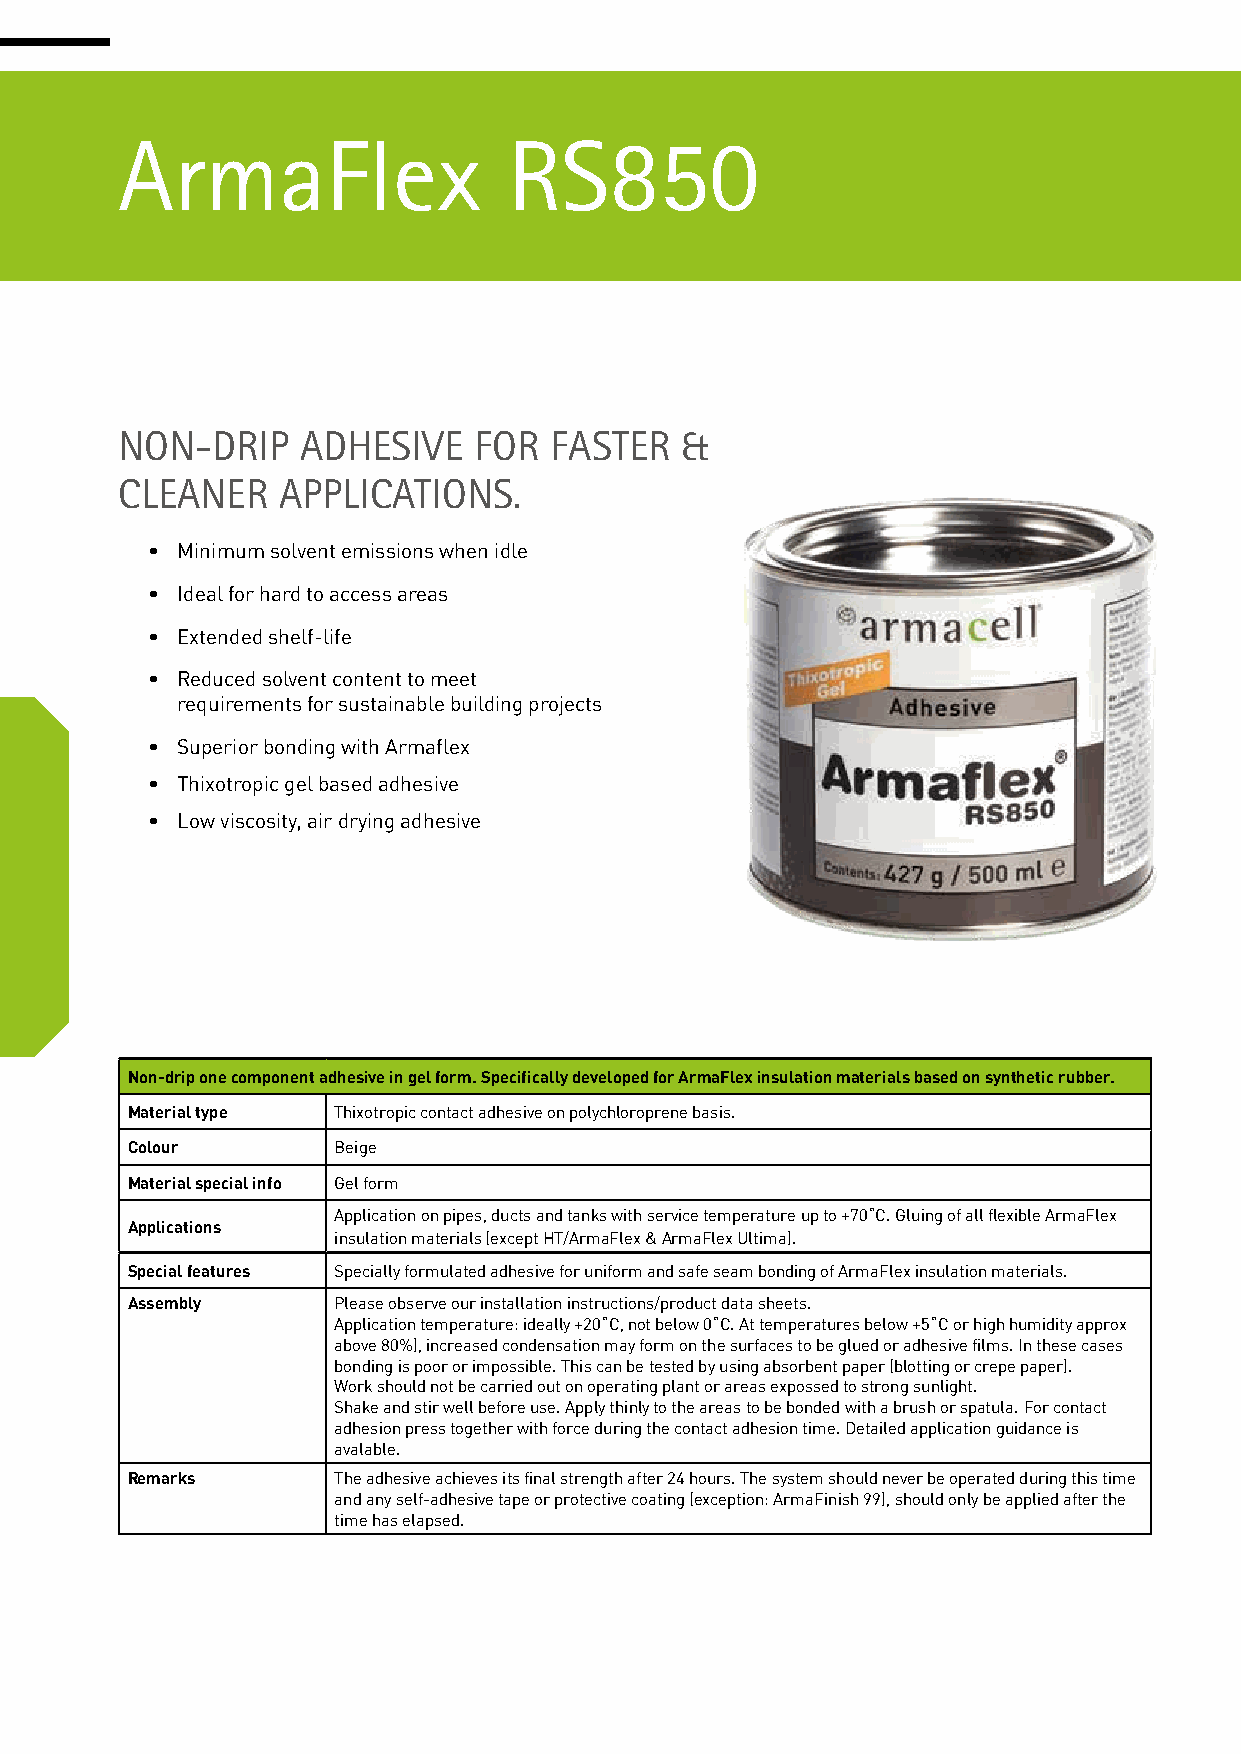
ArmaFlex                  RS850
 NON-DRIP    ADHESIVE   FOR  FASTER   &
 CLEANER   APPLICATIONS.
 • Minimum solvent emissions when idle
 • Ideal for hard to access areas
 • Extended shelf-life
 • Reduced solvent content to meet
 requirements for sustainable building projects
 • Superior bonding with Armaflex
 • Thixotropic gel based adhesive
 • Low viscosity, air drying adhesive
 183
 Non-drip one component adhesive in gel form. Specifically developed for ArmaFlex insulation materials based on synthetic rubber.
 Material type Thixotropic contact adhesive on polychloroprene basis.
 Colour        Beige
 Material special info Gel form
 Application on pipes, ducts and tanks with service temperature up to +70˚C. Gluing of all flexible ArmaFlex
 Applications
 insulation materials (except HT/ArmaFlex & ArmaFlex Ultima).
 Special features Specially formulated adhesive for uniform and safe seam bonding of ArmaFlex insulation materials.
 Assembly      Please observe our installation instructions/product data sheets.
 Application temperature: ideally +20˚C, not below 0˚C. At temperatures below +5˚C or high humidity approx
 above 80%), increased condensation may form on the surfaces to be glued or adhesive films. In these cases
 bonding is poor or impossible. This can be tested by using absorbent paper (blotting or crepe paper).
 Work should not be carried out on operating plant or areas expossed to strong sunlight.
 Shake and stir well before use. Apply thinly to the areas to be bonded with a brush or spatula. For contact
 adhesion press together with force during the contact adhesion time. Detailed application guidance is
 avalable.
 Remarks       The adhesive achieves its final strength after 24 hours. The system should never be operated during this time
 and any self-adhesive tape or protective coating (exception: ArmaFinish 99), should only be applied after the
 time has elapsed.